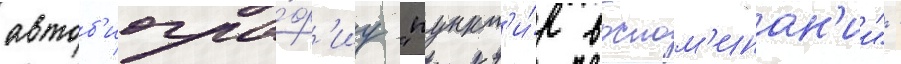
автоб'иогра́ф'иу "пункт'и́р воспом'инан'ии" -